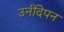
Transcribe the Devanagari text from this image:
उनींदेपन